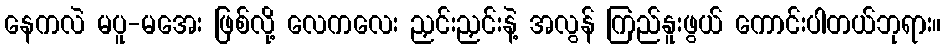
နေကလဲ မပူ-မအေး ဖြစ်လို့ လေကလေး ညှင်းညှင်းနဲ့ အလွန် ကြည်နူးဖွယ် ကောင်းပါတယ်ဘုရား။